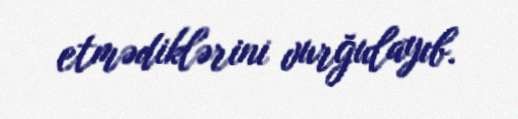
etmədiklərini vurğulayıb.